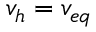
v _ { h } = v _ { e q }